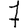
Digit: 7